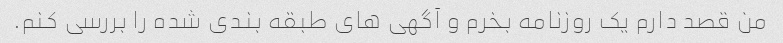
من قصد دارم یک روزنامه بخرم و آگهی های طبقه بندی شده را بررسی کنم.